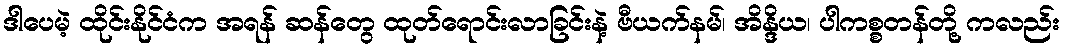
ဒါပေမဲ့ ထိုင်းနိုင်ငံက အရန် ဆန်တွေ ထုတ်ရောင်းလာခြင်းနဲ့ ဗီယက်နမ်၊ အိန္ဒိယ၊ ပါကစ္စတန်တို့ ကလည်း